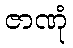
ဇာဏုံ